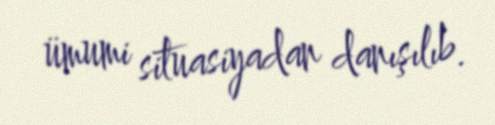
ümumi situasiyadan danışılıb.